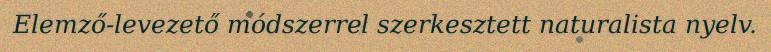
Elemző-levezető módszerrel szerkesztett naturalista nyelv.